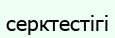
серктестігі